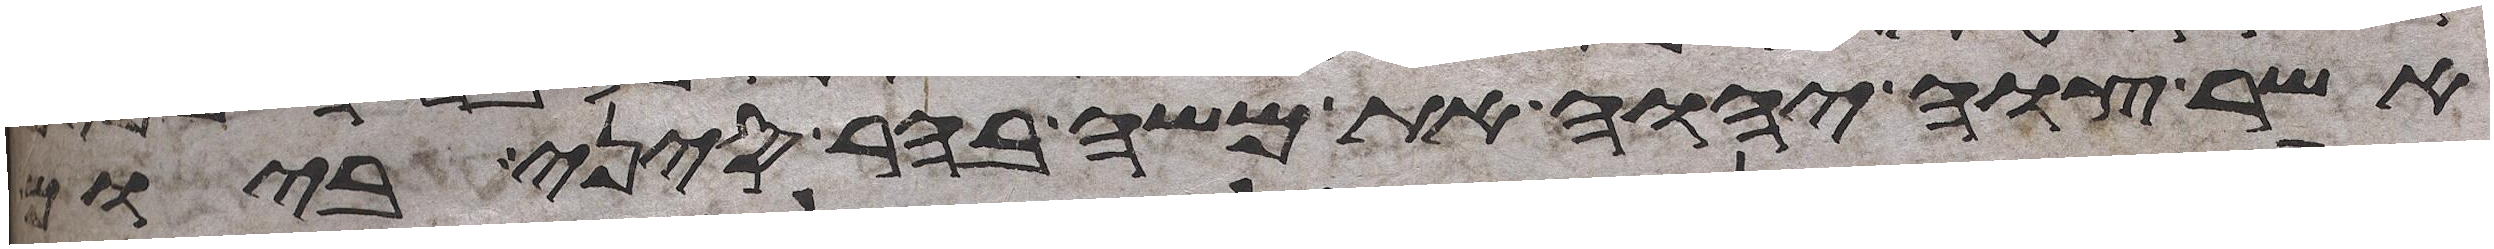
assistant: אשר צוה יהוה את משה בהר סיני ביום